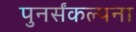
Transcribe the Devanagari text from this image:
पुनर्संकल्पना